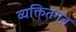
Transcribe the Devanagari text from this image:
व्यक्ति्तगत